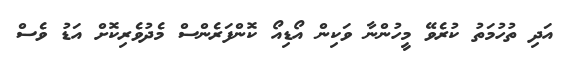
އަދި ތުހުމަތު ކުރެވޭ މީހުންނާ ވަކިން އޯޑިއޯ ކޮންފަރެންސް މެދުވެރިކޮށް އަޑު ވެސް